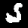
Digit: 5